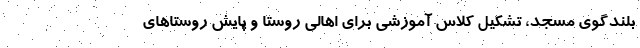
بلندگوی مسجد، تشکیل کلاس آموزشی برای اهالی روستا و پایش روستا‌های